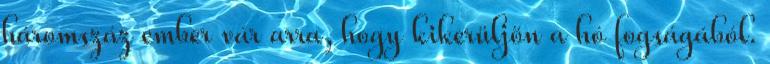
háromszáz ember vár arra, hogy kikerüljön a hó fogságából.